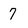
Character: 7